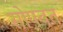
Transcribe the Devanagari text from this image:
सोपवत